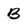
Character: B